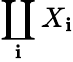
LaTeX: \coprod_{\mathbf{i}}X_{\mathbf{i}}